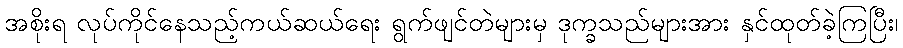
အစိုးရ လုပ်ကိုင်နေသည့်ကယ်ဆယ်ရေး ရွက်ဖျင်တဲများမှ ဒုက္ခသည်များအား နှင်ထုတ်ခဲ့ကြပြီး၊